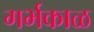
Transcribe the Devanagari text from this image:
गर्भकाळ